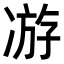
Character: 𭂗